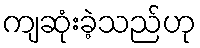
ကျဆုံးခဲ့သည်ဟု